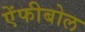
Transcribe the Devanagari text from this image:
ऐंफीबोल